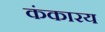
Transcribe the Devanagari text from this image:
कंकारय